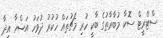
ސްޓްރީޓް ސޮކާ މުބާރާތުގެ ބާކީ ހުރި މެޗުތައް ހުކުރު ދުވަހު އަޟްހާ އީދާ